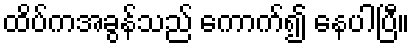
ထိပ်ကအခွန်သည် ကောက်၍ နေပါပြီ။